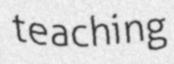
teaching